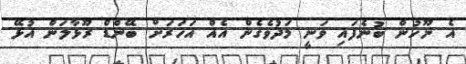
އެ ނޫހުން ބުނެފައި ވަނީ މަދުވެގެން އެއް އަހަރަށް ބޭންޑް ރޫޅާލަން އުޅޭ